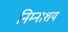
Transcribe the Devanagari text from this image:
निम्नाशय